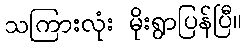
သကြားလုံး မိုးရွာပြန်ပြီ။